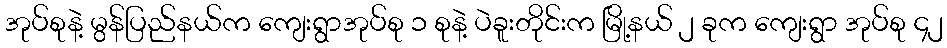
အုပ်စုနဲ့ မွန်ပြည်နယ်က ကျေးရွာအုပ်စု ၁ စုနဲ့ ပဲခူးတိုင်းက မြို့နယ် ၂ ခုက ကျေးရွာ အုပ်စု ၄၂